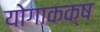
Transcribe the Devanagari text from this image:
योगाकक्ष